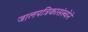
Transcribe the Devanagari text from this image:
जालपत्रिकासंख्येने